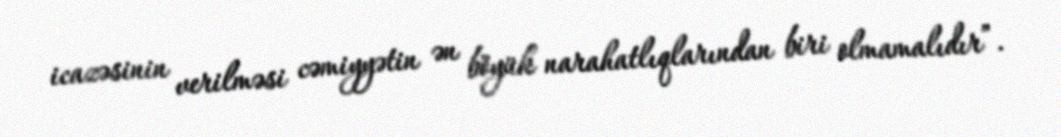
icazəsinin verilməsi cəmiyyətin ən böyük narahatlıqlarından biri olmamalıdır”.